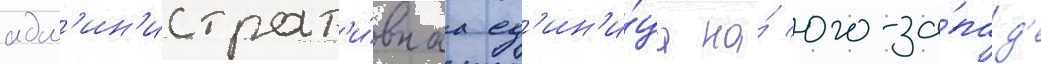
адм'ин'истрат'и́внаа ед'ин'и́ца на́ юго-за́пад'е